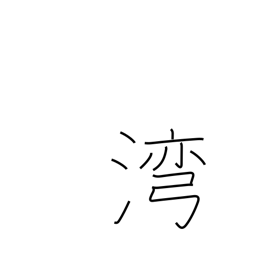
Meaning: gulf